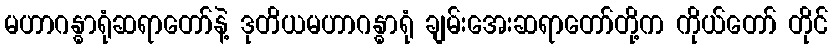
မဟာဂန္ဓာရုံဆရာတော်နဲ့ ဒုတိယမဟာဂန္ဓာရုံ ချမ်းအေးဆရာတော်တို့က ကိုယ်တော် တိုင်